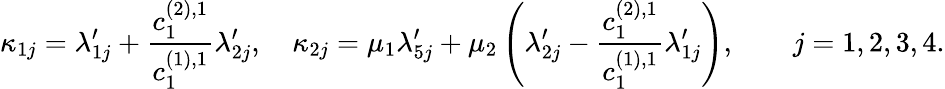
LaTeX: \kappa_{1j}=\lambda_{1j}^{\prime}+\frac{c_{1}^{(2),1}}{c_{1}^{(1),1}}\lambda_{2j}^{\prime},\quad\kappa_{2j}=\mu_{1}\lambda_{5j}^{\prime}+\mu_{2}\left(\lambda_{2j}^{\prime}-\frac{c_{1}^{(2),1}}{c_{1}^{(1),1}}\lambda_{1j}^{\prime}\right),\qquad j=1,2,3,4.